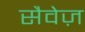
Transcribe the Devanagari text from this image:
सैवेज़